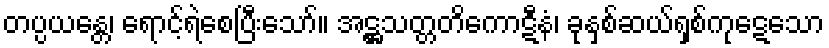
တပ္ပယန္တေ၊ ရောင့်ရဲစေပြီးသော်။ အဋ္ဌသတ္တတိကောဋီနံ၊ ခုနှစ်ဆယ်ရှစ်ကုဋေသော